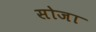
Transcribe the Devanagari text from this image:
सोजा